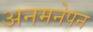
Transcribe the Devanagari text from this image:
अनमनेपन